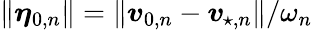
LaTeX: \lVert\boldsymbol{\eta}_{0,n}\rVert=\lVert\boldsymbol{v}_{0,n}-\boldsymbol{v}_{\! \; \! \star,n}\rVert/\omega_{n}